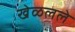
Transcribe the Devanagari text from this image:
खेळलले